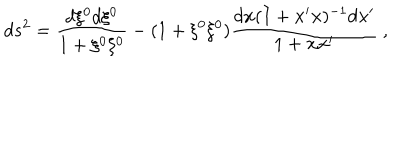
LaTeX: d s ^ { 2 } = \frac { d \xi ^ { 0 } d \xi ^ { 0 } } { 1 + \xi ^ { 0 } \xi ^ { 0 } } - ( 1 + \xi ^ { 0 } \xi ^ { 0 } ) \frac { d { \bf x } ( I + { \bf x } ^ { \prime } { \bf x } ) ^ { - 1 } d { \bf x } ^ { \prime } } { 1 + { \bf x } { \bf x } ^ { \prime } } ~ ,